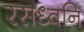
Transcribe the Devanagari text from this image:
रसध्वनि